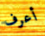
أعرف